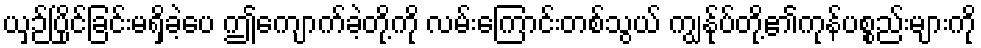
ယှဉ်ပြိုင်ခြင်းမရှိခဲ့ပေ ဤကျောက်ခဲ့တို့ကို လမ်းကြောင်းတစ်သွယ် ကျွန်ုပ်တို့၏ကုန်ပစ္စည်းများကို